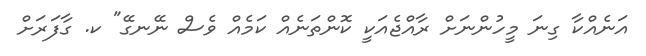
އަނެއްކާ ގިނަ މީހުންނަށް ރާއްޖެއަކީ ކޮންތަނެއް ކަމެއް ވެސް ނޭނގޭ" ކ. ގާފަރަށް